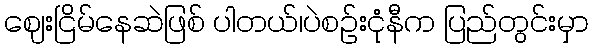
ဈေးငြိမ်နေဆဲဖြစ် ပါတယ်၊ပဲစဥ်းငုံနီက ပြည်တွင်းမှာ